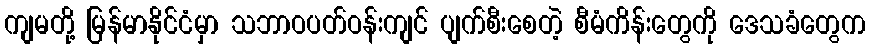
ကျမတို့ မြန်မာနိုင်ငံမှာ သဘာဝပတ်ဝန်းကျင် ပျက်စီးစေတဲ့ စီမံကိန်းတွေကို ဒေသခံတွေက